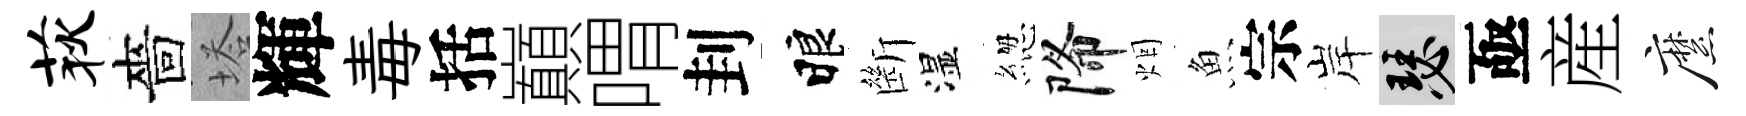
荻嗇塔輝毒括巔喟刲睱㫁湿緫降烟魚宗岸瑟亟産縻